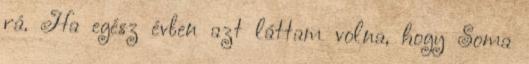
rá. Ha egész évben azt láttam volna, hogy Soma